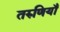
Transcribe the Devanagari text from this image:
तरुणियाँ